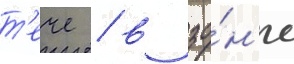
т'ече / в зо́н'е